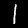
Digit: 1